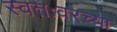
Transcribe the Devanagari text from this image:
स्वतःवरच्या